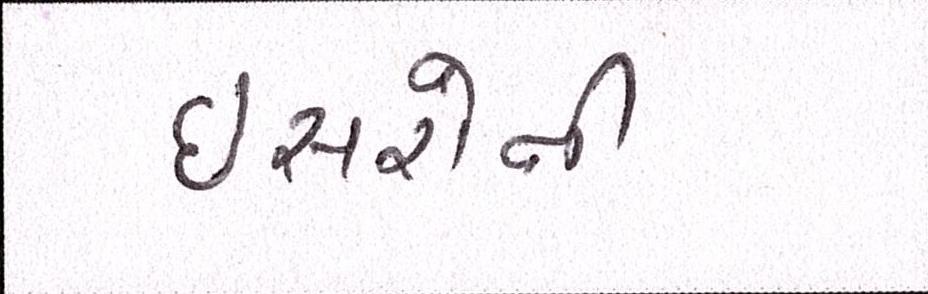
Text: ઇસરોની